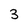
Character: 3